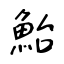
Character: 鮐